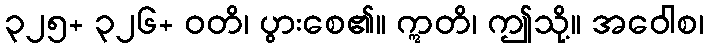
၃၂၅+ ၃၂၆+ ဝတိ၊ ပွားစေ၏။ ဣတိ၊ ဤသို့။ အဝေါစ၊